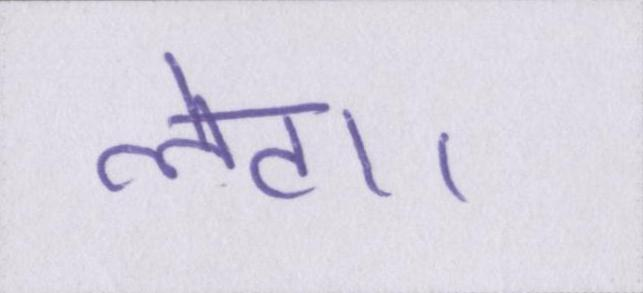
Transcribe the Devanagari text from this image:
लेटा।